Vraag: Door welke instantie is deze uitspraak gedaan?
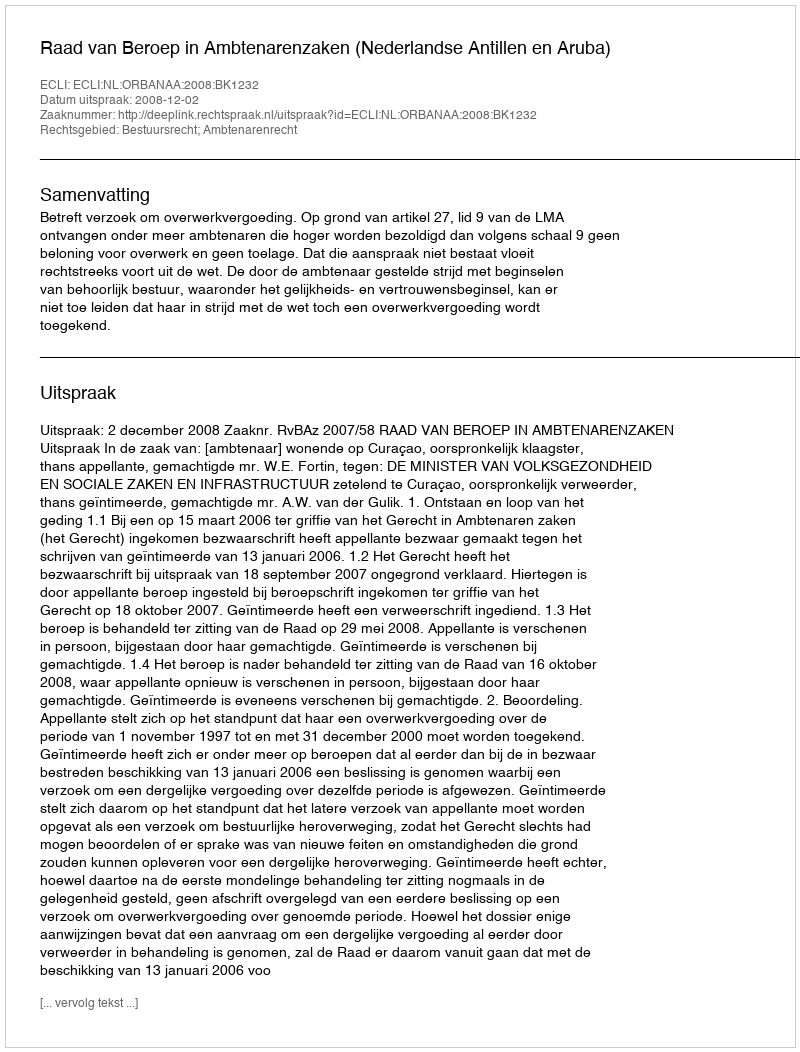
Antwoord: Raad van Beroep in Ambtenarenzaken (Nederlandse Antillen en Aruba)